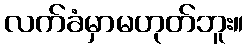
လက်ခံမှာမဟုတ်ဘူး။